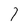
Character: l